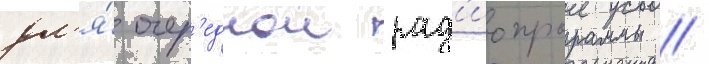
дл'я́ очер'еднои рад'иопрограммы //